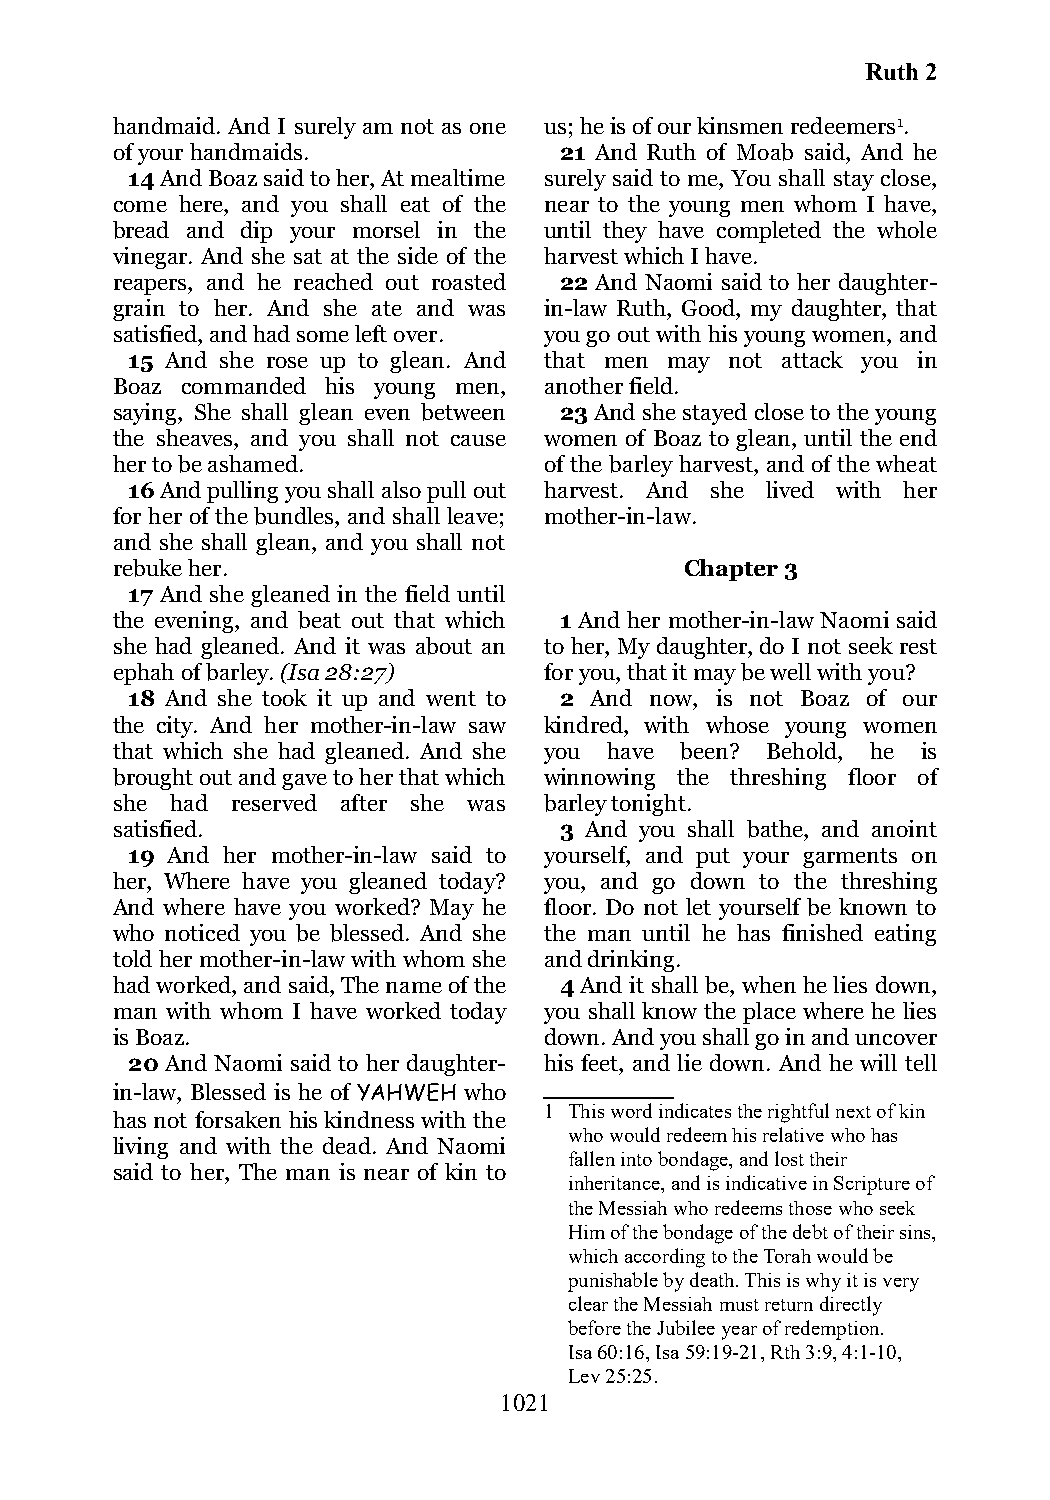
Ruth 2
 handmaid. And I surely am not as one us; he is of our kinsmen redeemers1.
 of your handmaids.            21 And Ruth of Moab said, And he
 14 And Boaz said to her, At mealtime surely said to me, You shall stay close,
 come here, and you shall eat of the near to the young men whom I have,
 bread and dip your morsel in the until they have completed the whole
 vinegar. And she sat at the side of the harvest which I have.
 reapers, and he reached out roasted 22 And Naomi said to her daughter-
 grain to her. And she ate and was in-law Ruth, Good, my daughter, that
 satisfied, and had some left over. you go out with his young women, and
 15 And she rose up to glean. And that men may not attack you in
 Boaz commanded his young men, another field.
 saying, She shall glean even between 23 And she stayed close to the young
 the sheaves, and you shall not cause women of Boaz to glean, until the end
 her to be ashamed.           of the barley harvest, and of the wheat
 16 And pulling you shall also pull out harvest. And she lived with her
 for her of the bundles, and shall leave; mother-in-law.
 and she shall glean, and you shall not
 rebuke her.                           Chapter 3
 17 And she gleaned in the field until
 the evening, and beat out that which 1 And her mother-in-law Naomi said
 she had gleaned. And it was about an to her, My daughter, do I not seek rest
 ephah of barley. (Isa 28:27) for you, that it may be well with you?
 18 And she took it up and went to 2 And now, is not Boaz of our
 the city. And her mother-in-law saw kindred, with whose young women
 that which she had gleaned. And she you have been? Behold, he is
 brought out and gave to her that which winnowing the threshing floor of
 she had reserved after she was barley tonight.
 satisfied.                    3 And you shall bathe, and anoint
 19 And her mother-in-law said to yourself, and put your garments on
 her, Where have you gleaned today? you, and go down to the threshing
 And where have you worked? May he floor. Do not let yourself be known to
 who noticed you be blessed. And she the man until he has finished eating
 told her mother-in-law with whom she and drinking.
 had worked, and said, The name of the 4 And it shall be, when he lies down,
 man with whom I have worked today you shall know the place where he lies
 is Boaz.                     down. And you shall go in and uncover
 20 And Naomi said to her daughter- his feet, and lie down. And he will tell
 in-law, Blessed is he of YAHWEH who
 1 This word indicates the rightful next of kin
 has not forsaken his kindness with the
 who would redeem his relative who has
 living and with the dead. And Naomi
 fallen into bondage, and lost their
 said to her, The man is near of kin to
 inheritance, and is indicative in Scripture of
 the Messiah who redeems those who seek
 Him of the bondage of the debt of their sins,
 which according to the Torah would be
 punishable by death. This is why it is very
 clear the Messiah must return directly
 before the Jubilee year of redemption.
 Isa 60:16, Isa 59:19-21, Rth 3:9, 4:1-10,
 Lev 25:25.
 1021